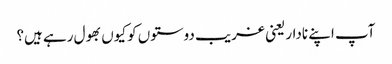
آپ اپنے نادار یعنی غریب دوستوں کو کیوں بھول رہے ہیں؟